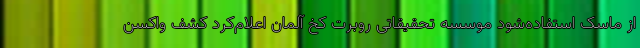
از ماسک استفاده‌شود موسسه تحقیقاتی روبرت کخ آلمان اعلام‌کرد کشف واکسن